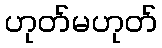
ဟုတ်မဟုတ်